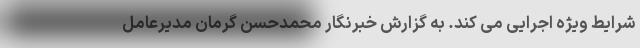
شرایط ویژه اجرایی می کند. به گزارش خبرنگار محمدحسن گرمان مدیرعامل